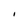
Character: I